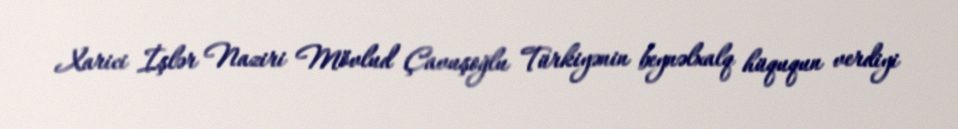
Xarici İşlər Naziri Mövlud Çavuşoğlu Türkiyənin beynəlxalq hüququn verdiyi